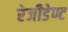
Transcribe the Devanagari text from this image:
रेजीडेण्ट